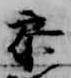
参